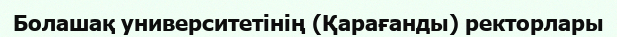
Болашақ университетінің (Қарағанды) ректорлары